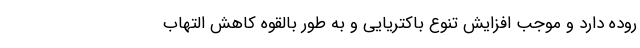
روده دارد و موجب افزایش تنوع باکتریایی و به طور بالقوه کاهش التهاب